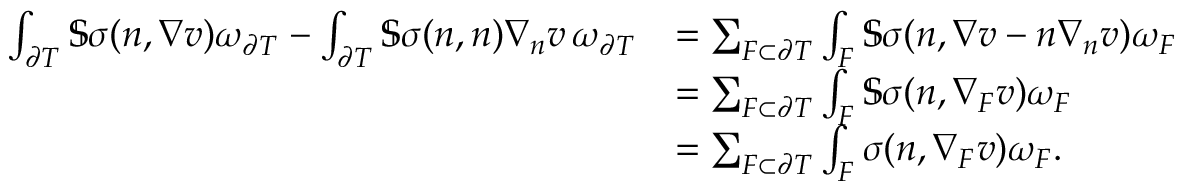
\begin{array} { r l } { \int _ { \partial T } \mathbb { S } \sigma ( n , \nabla v ) \omega _ { \partial T } - \int _ { \partial T } \mathbb { S } \sigma ( n , n ) \nabla _ { n } v \, \omega _ { \partial T } } & { = \sum _ { F \subset \partial T } \int _ { F } \mathbb { S } \sigma ( n , \nabla v - n \nabla _ { n } v ) \omega _ { F } } \\ & { = \sum _ { F \subset \partial T } \int _ { F } \mathbb { S } \sigma ( n , \nabla _ { F } v ) \omega _ { F } } \\ & { = \sum _ { F \subset \partial T } \int _ { F } \sigma ( n , \nabla _ { F } v ) \omega _ { F } . } \end{array}